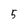
Character: 5